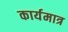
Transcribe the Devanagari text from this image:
कार्यमात्र